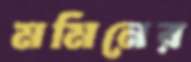
মমিনের